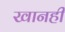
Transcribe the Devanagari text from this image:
खानही